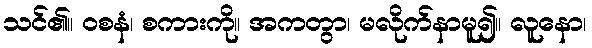
သင်၏။ ဝစနံ၊ စကားကို။ အကတွာ၊ မလိုက်နာမူ၍။ လူနော၊